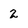
Character: 2